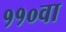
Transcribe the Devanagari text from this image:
११०वा